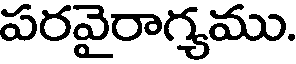
పరవైరాగ్యము.